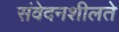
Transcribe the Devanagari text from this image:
संवेदनशीलते